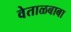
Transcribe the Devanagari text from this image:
वेताळबाबा